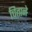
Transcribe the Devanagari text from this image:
चिताने